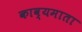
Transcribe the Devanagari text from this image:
काव्यमाता